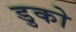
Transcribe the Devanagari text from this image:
डुको